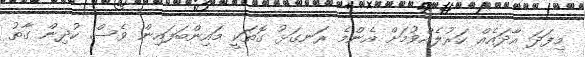
މިފަދަ އާދައެއް ހަރުލެއްވުމަށް އެންމެ ރަނގަޅު ގޮތަކީ މައިންބަފައިން ވެސް ކުދިން ގާތު